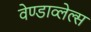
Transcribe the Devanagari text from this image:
वेण्डाव्लेल्स